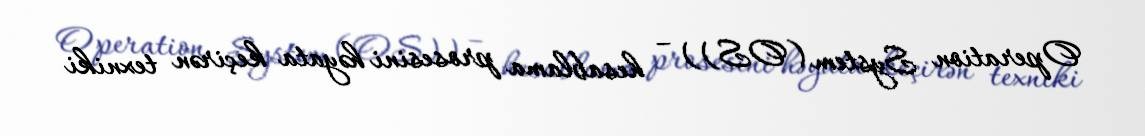
Operation System (OS)) – hesablama prosesini həyata keçirən texniki